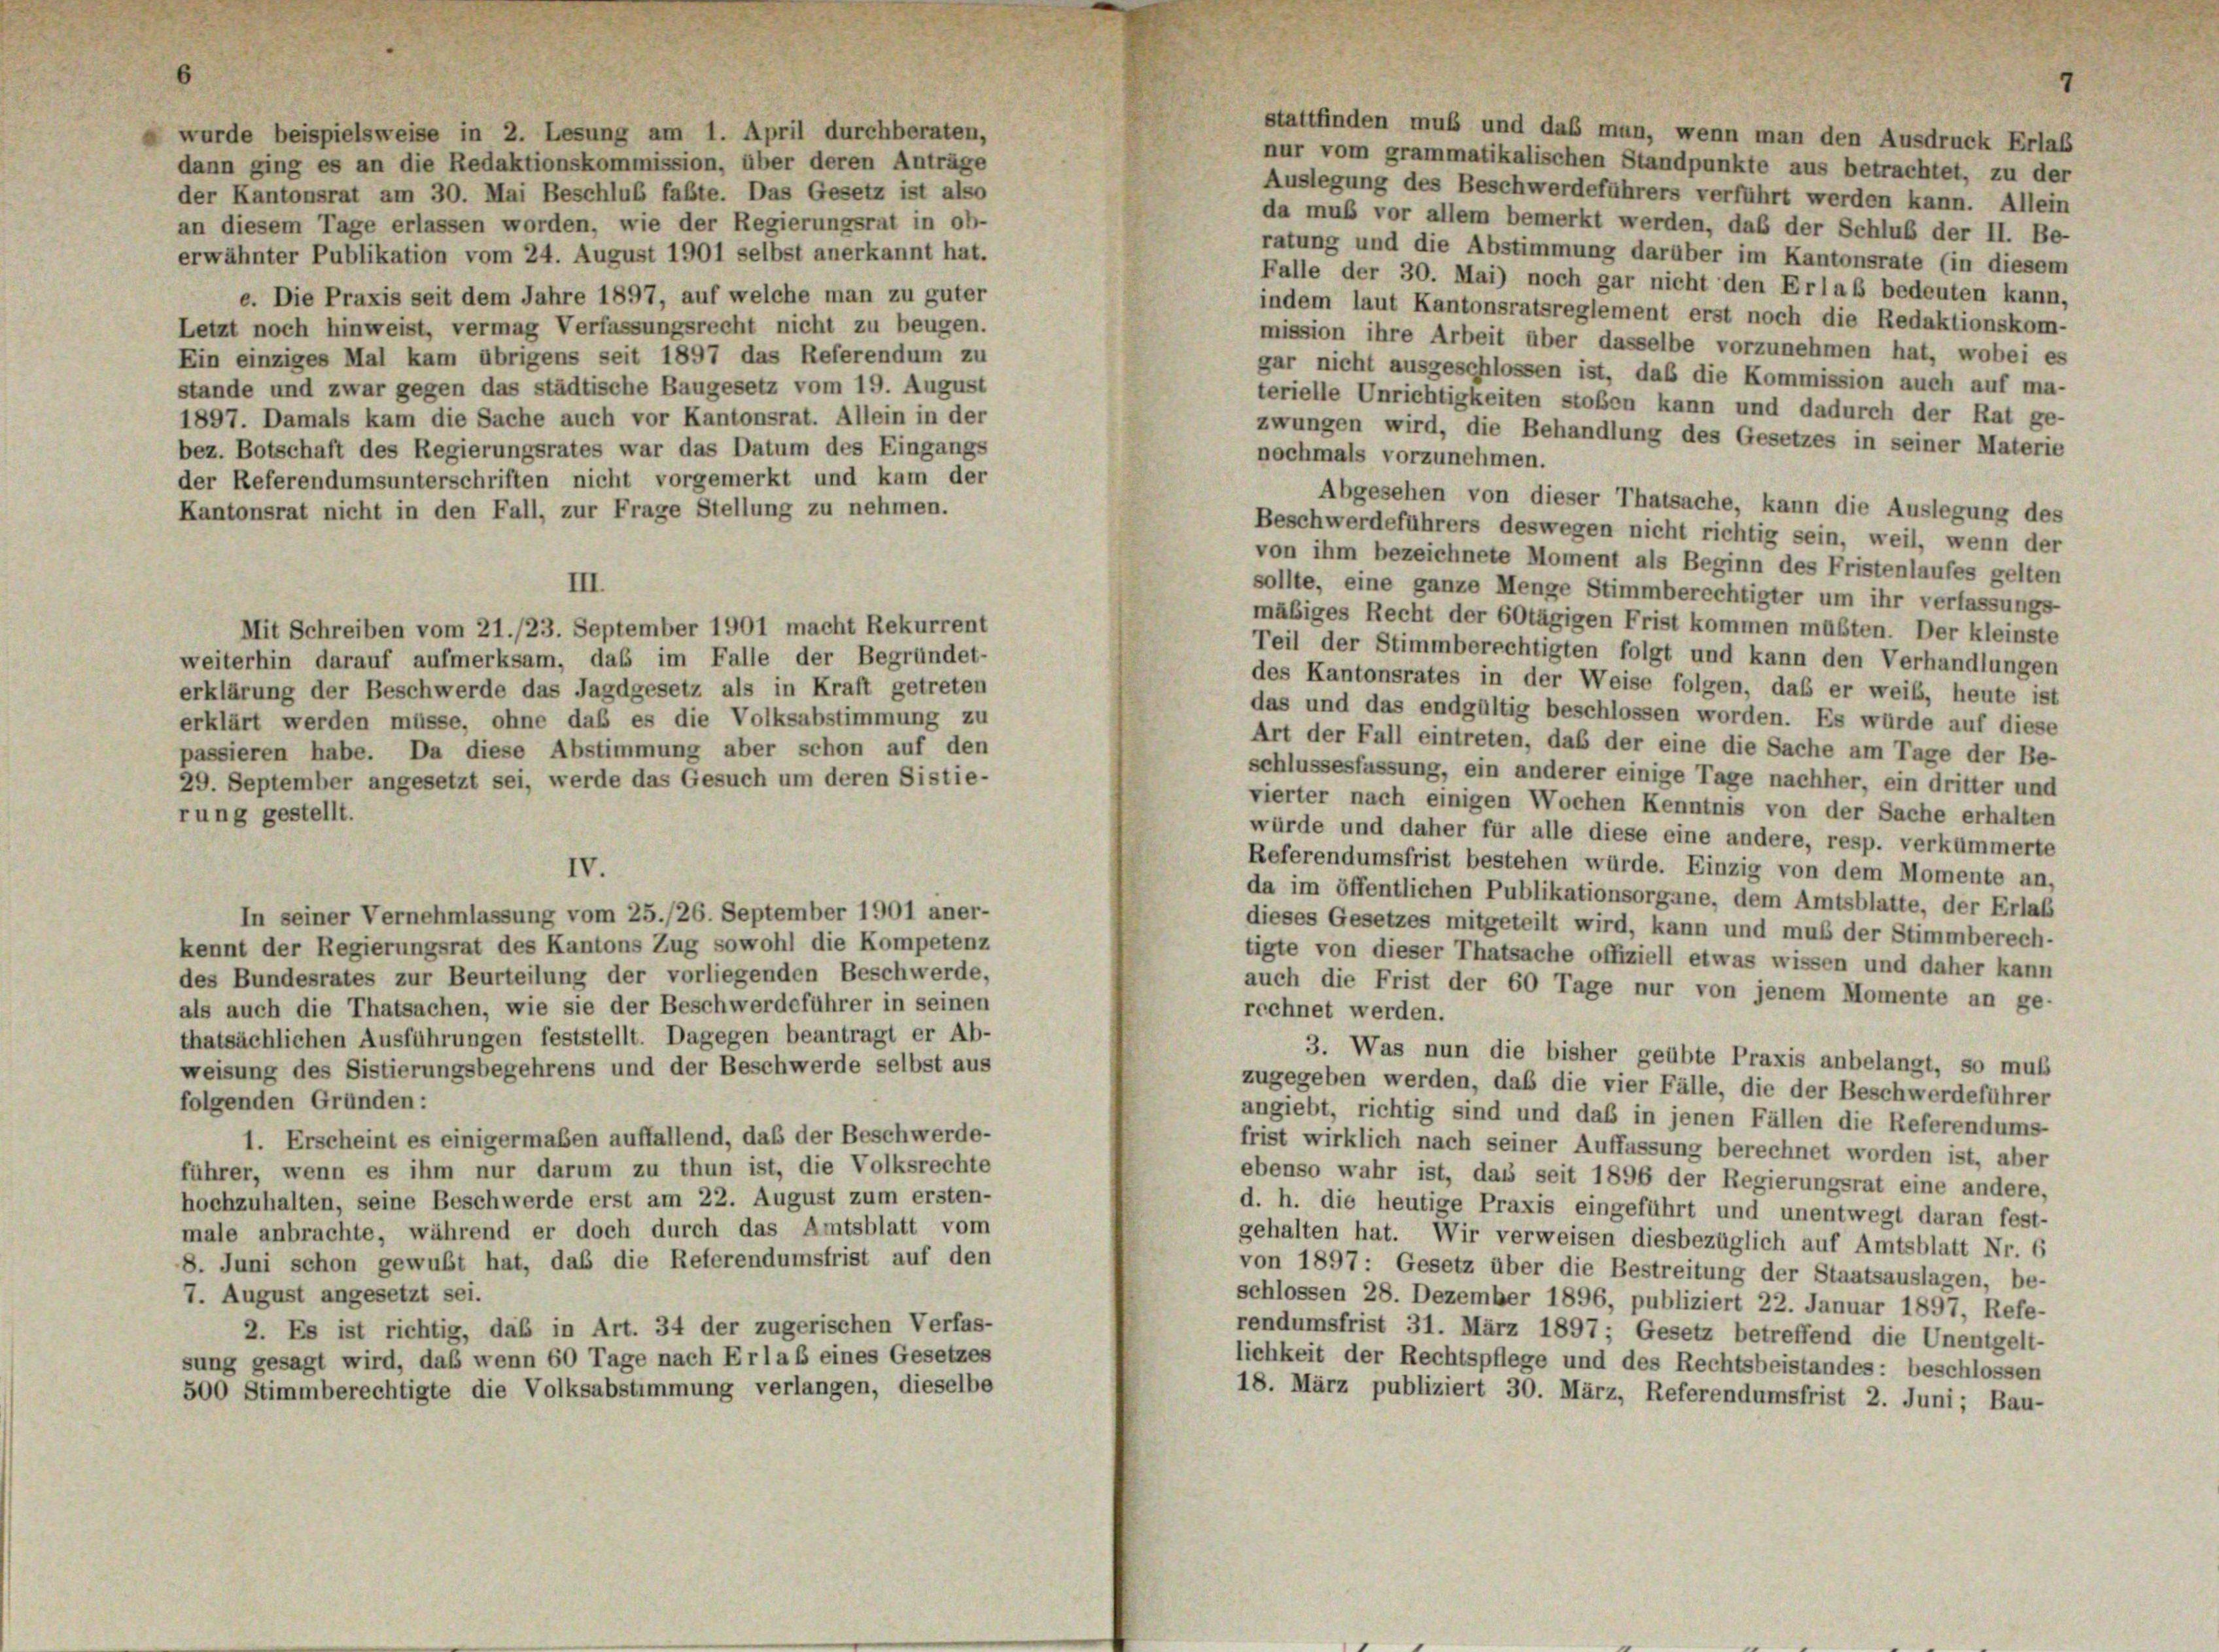
stattfinden muß und daß man, wenn man den Ausdruck Erlaß
wurde beispielsweise in 2. Lesung am 1. April durchberaten,
nur vom grammatikalischen Standpunkte aus betrachtet, zu der
dann ging es an die Redaktionskommission, über deren Anträge
Auslegung des Beschwerdeführers verführt werden kann. Allein
der Kantonsrat am 30. Mai Beschluß faßte. Das Gesetz ist also
da muß vor allem bemerkt werden, daß der Schluß der II. Be-
an diesem Tage erlassen worden, wie der Regierungsrat in ob-
ratung und die Abstimmung darüber im Kantonsrate (in diesem
erwähnter Publikation vom 24. August 1901 selbst anerkannt hat.
Falle der 30. Mai) noch gar nicht den Erlaß bedeuten kann,
e. Die Praxis seit dem Jahre 1897, auf welche man zu guter
indem laut Kantonsratsreglement erst noch die Redaktionskom-
Letzt noch hinweist, vermag Verfassungsrecht nicht zu beugen.
mission ihre Arbeit über dasselbe vorzunehmen hat, wobei es
Ein einziges Mal kam übrigens seit 1897 das Referendum zu
gar nicht ausgeschlossen ist, daß die Kommission auch auf ma-
stände und zwar gegen das städtische Baugesetz vom 19. August
terielle Unrichtigkeiten stoßen kann und dadurch der Rat ge-
1897. Damals kam die Sache auch vor Kantonsrat. Allein in der
zwungen wird, die Behandlung des Gesetzes in seiner Materie
bez. Botschaft des Regierungsrates war das Datum des Eingangs
nochmals vorzunehmen.
der Referendumsunterschriften nicht vorgemerkt und kam der
Abgesehen von dieser Thatsache, kann die Auslegung des
Kantonsrat nicht in den Fall, zur Frage Stellung zu nehmen.
Beschwerdeführers deswegen nicht richtig sein, weil, wenn der
von ihm bezeichnete Moment als Beginn des Fristenlaufes gelten
III.
sollte, eine ganze Menge Stimmberechtigter um ihr verfassungs-
mäßiges Recht der 60tägigen Frist kommen müßten. Der kleinste
Mit Schreiben vom 21./23. September 1901 macht Rekurrent
Teil der Stimmberechtigten folgt und kann den Verhandlungen
weiterhin darauf aufmerksam, das im Falle der Begründet-
des Kantonsrates in der Weise folgen, daß er weib, heute ist
erklärung der Beschwerde das Jagdgesetz als in Kraft getreten
das und das endgültig beschlossen worden. Es wurde auf diese
erklärt werden müsse, ohne daß es die Volksabstimmung zu
Art der Fall eintreten, das der eine die Sache am Tage der Be-
passieren habe. Da diese Abstimmung aber schon auf den
schlussesfussung, ein anderer einige Tage nachher, ein dritter und
29. September angesetzt sei, werde das Gesuch um deren Sistie-
vierter nach einigen Wochen Kenntnis von der Sache erhalten
rung gestellt.
würde und daher für alle diese eine andere, resp. verkümmerte
Referendumsfrist bestehen würde. Einzig von dem Momente an,
IV.
da im öffentlichen Publikationsorgane, dem Amtsblatte, der Erlaß
In seiner Vernehmlassung vom 25./26. September 1901 aner-
dieses Gesetzes mitgeteilt wird, kann und muß der Stimmberech-
kennt der Regierungsrat des Kantons Zug sowohl die Kompetenz
tigte von dieser Thatsache offiziell etwas wissen und daher kann
des Bundesrates zur Beurteilung der vorliegenden Beschwerde,
auch die Frist der 60 Tage nur von jenem Momente an ge-
als auch die Thatsachen, wie sie der Beschwerdeführer in seinen
rechnet werden.
thatsächlichen Ausführungen feststellt. Dagegen beantragt er Ab-
3. Was nun die bisher geübte Praxis anbelangt, so muß
weisung des Sistierungsbegehrens und der Beschwerde selbst aus
zugegeben werden, daß die vier Fälle, die der Beschwerdeführer
folgenden Grunden:
angiebt, richtig sind und daß in jenen Fällen die Referendums
1. Erscheint es einigermaßen auffallend, das der Beschwerde-
frist wirklich nach seiner Auffassung berechnet worden ist, aber
führer, wenn es ihm nur darum zu thun ist, die Volksrechte
ebenso wahr ist, das seit 1896 der Regierungsrat eine andere,
hochzuhalten, seine Beschwerde erst am 22. August zum ersten-
d. h. die heutige Praxis eingeführt und unentwegt daran fest-
male anbrachte, während er doch durch das Amtsblatt vom
gehalten hat. Wir verweisen diesbezüglich auf Amtsblatt Nr. 6
8. Juni schon gewußt hat, daß die Referendumsfrist auf den
von 1897 : Gesetz über die Bestreitung der Staatsauslagen, be-
7. August angesetzt sei.
schlossen 28. Dezember 1896, publiziert 22. Januar 1897, Refe-
2. Es ist richtig, daß in Art. 34 der zugerischen Verfas-
rendumsfrist 31. März 1897 ; Gesetz betreffend die Unentgelt-
sung gesagt wird, daß wenn 60 Tage nach Erlaß eines Gesetzes
lichkeit der Rechtspflege und des Rechtsbeistandes: beschlossen
500 Stimmberechtigte die Volksabstimmung verlangen, dieselbe
18. März publiziert 30. März, Referendumsfrist 2. Juni ; Bau-